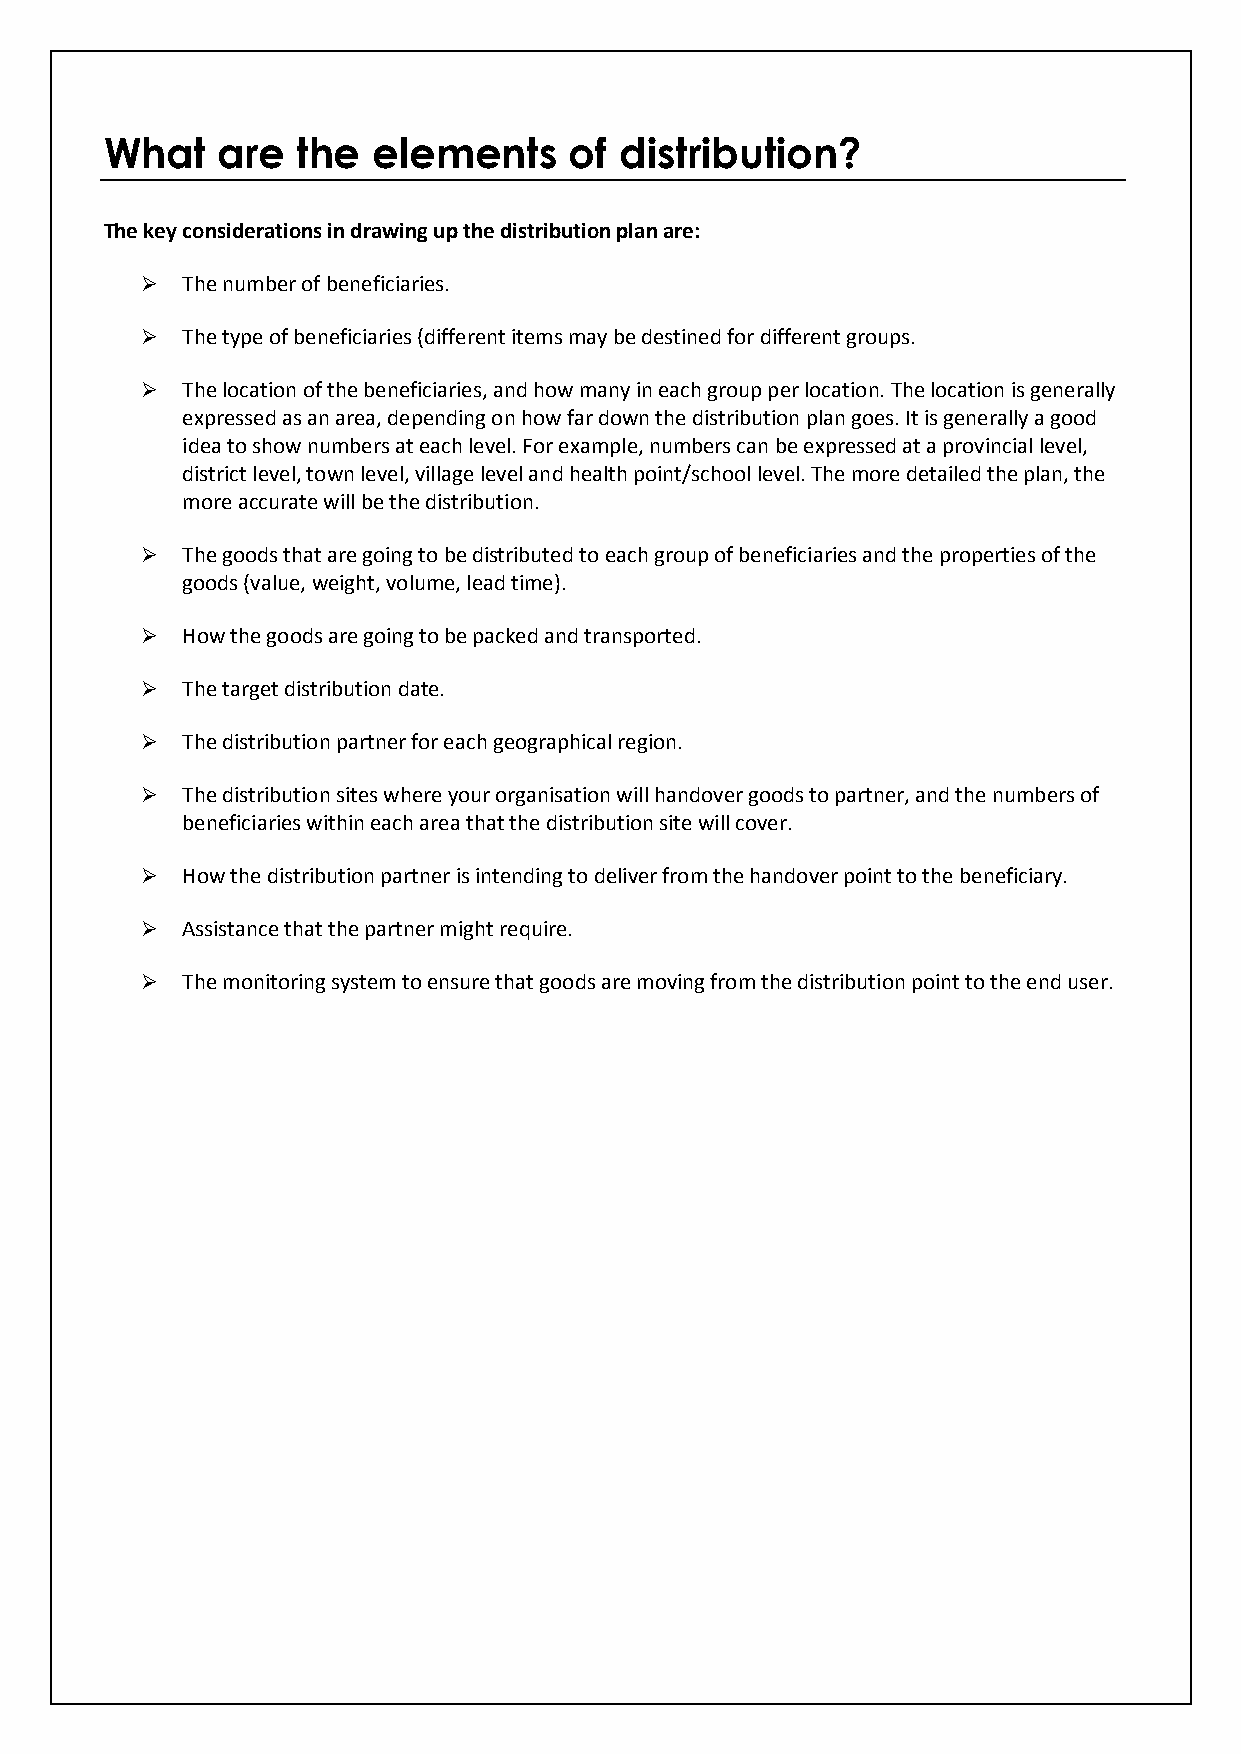
What   are   the  elements     of distribution?
 The key considerations in drawing up the distribution plan are:
   The number of beneficiaries.
   The type of beneficiaries (different items may be destined for different groups.
   The location of the beneficiaries, and how many in each group per location. The location is generally
 expressed as an area, depending on how far down the distribution plan goes. It is generally a good
 idea to show numbers at each level. For example, numbers can be expressed at a provincial level,
 district level, town level, village level and health point/school level. The more detailed the plan, the
 more accurate will be the distribution.
   The goods that are going to be distributed to each group of beneficiaries and the properties of the
 goods (value, weight, volume, lead time).
   How the goods are going to be packed and transported.
   The target distribution date.
   The distribution partner for each geographical region.
   The distribution sites where your organisation will handover goods to partner, and the numbers of
 beneficiaries within each area that the distribution site will cover.
   How the distribution partner is intending to deliver from the handover point to the beneficiary.
   Assistance that the partner might require.
   The monitoring system to ensure that goods are moving from the distribution point to the end user.